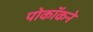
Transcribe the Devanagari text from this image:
पोकॉकने